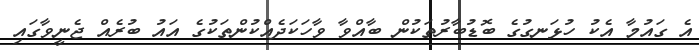
އެ ގައުމާ އެކު ހުޅަނގުގެ ބޮޑުބާރުތަކުން ބާއްވާ ވާހަކަދެއްކުންތަކުގެ އައު ބުރެއް ޖެނީވާގައި